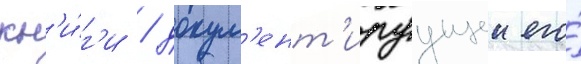
кн'и́г'и / докум'ент'ируущеи его́